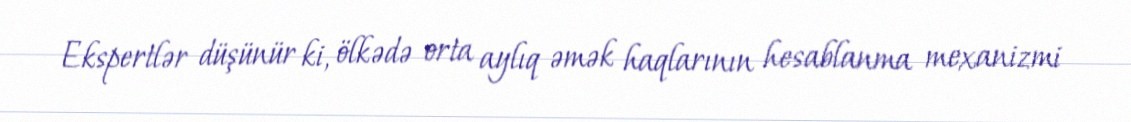
Ekspertlər düşünür ki, ölkədə orta aylıq əmək haqlarının hesablanma mexanizmi